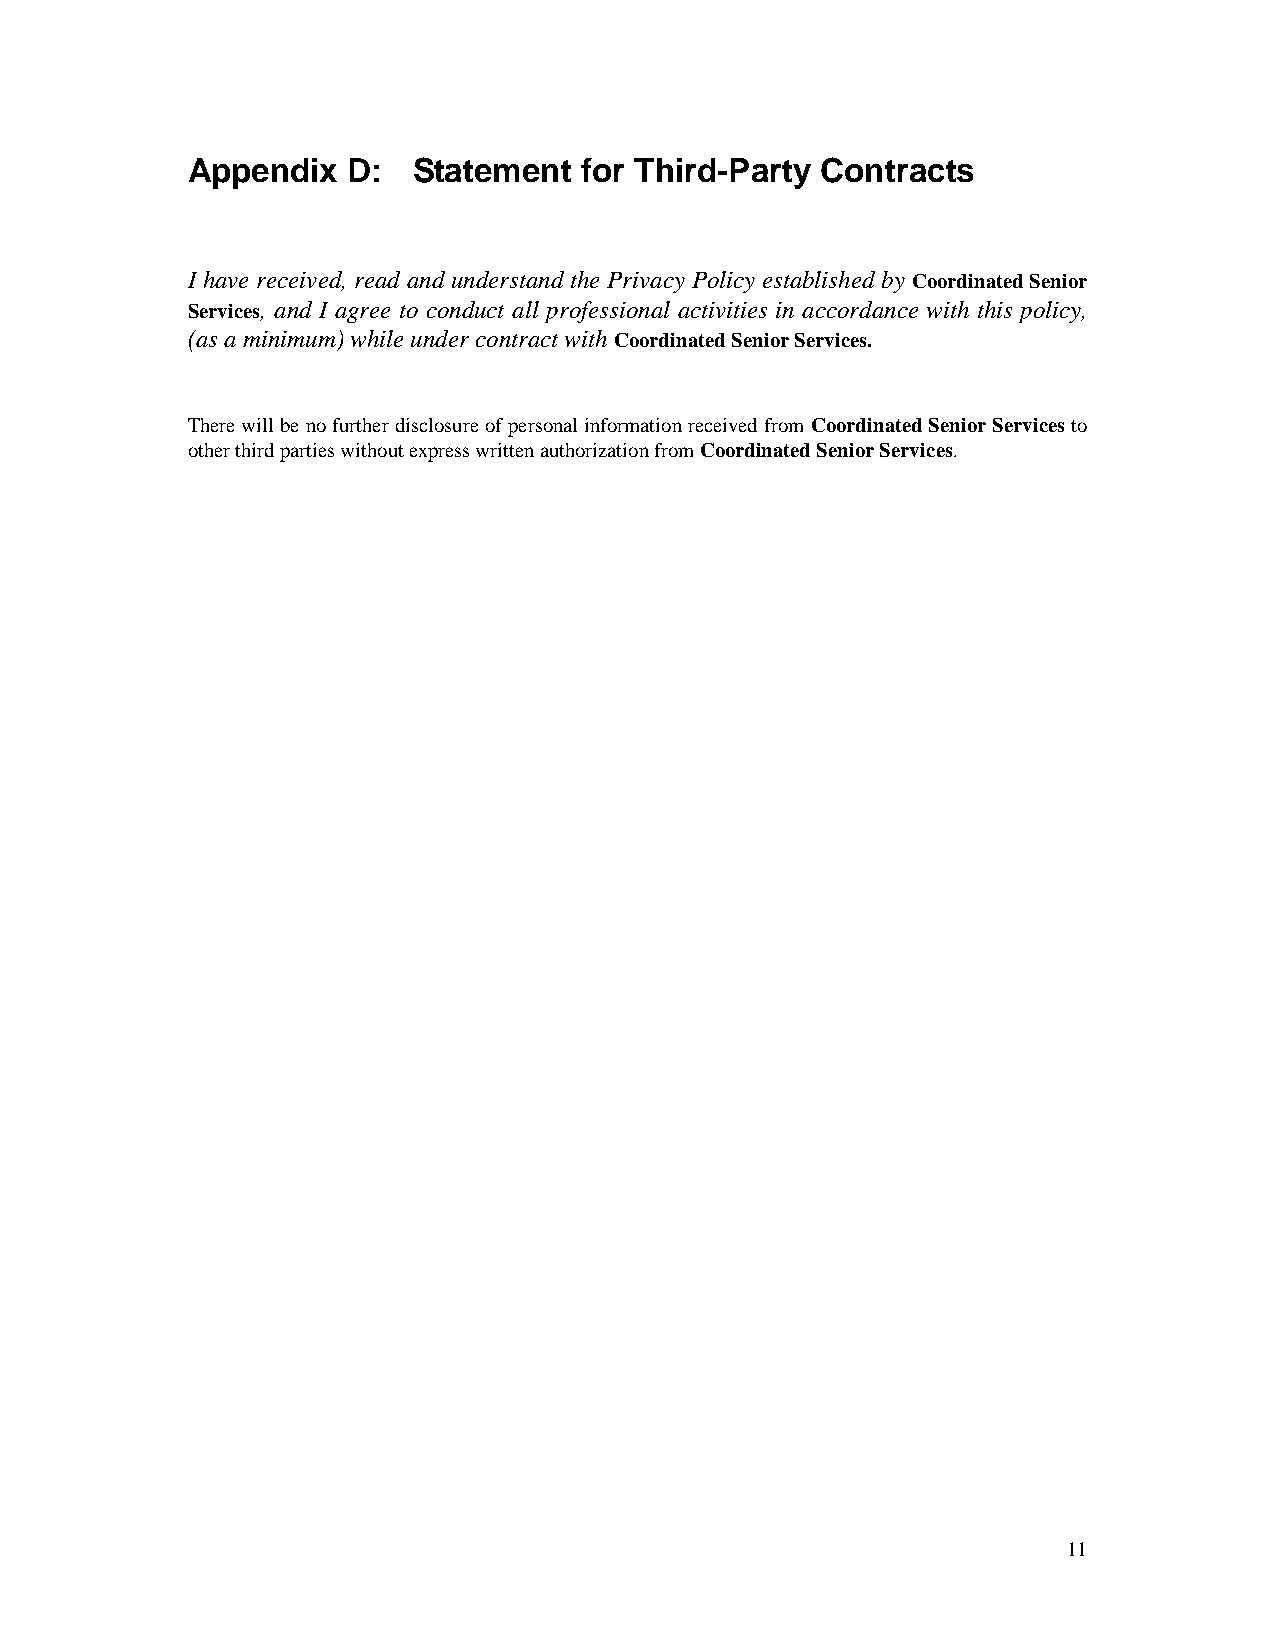
Appendix   D:  Statement  for Third-Party Contracts
 I have received, read and understand the Privacy Policy established by Coordinated Senior
 Services, and I agree to conduct all professional activities in accordance with this policy,
 (as a minimum) while under contract with Coordinated Senior Services.
 There will be no further disclosure of personal information received from Coordinated Senior Services to
 other third parties without express written authorization from Coordinated Senior Services.
 11